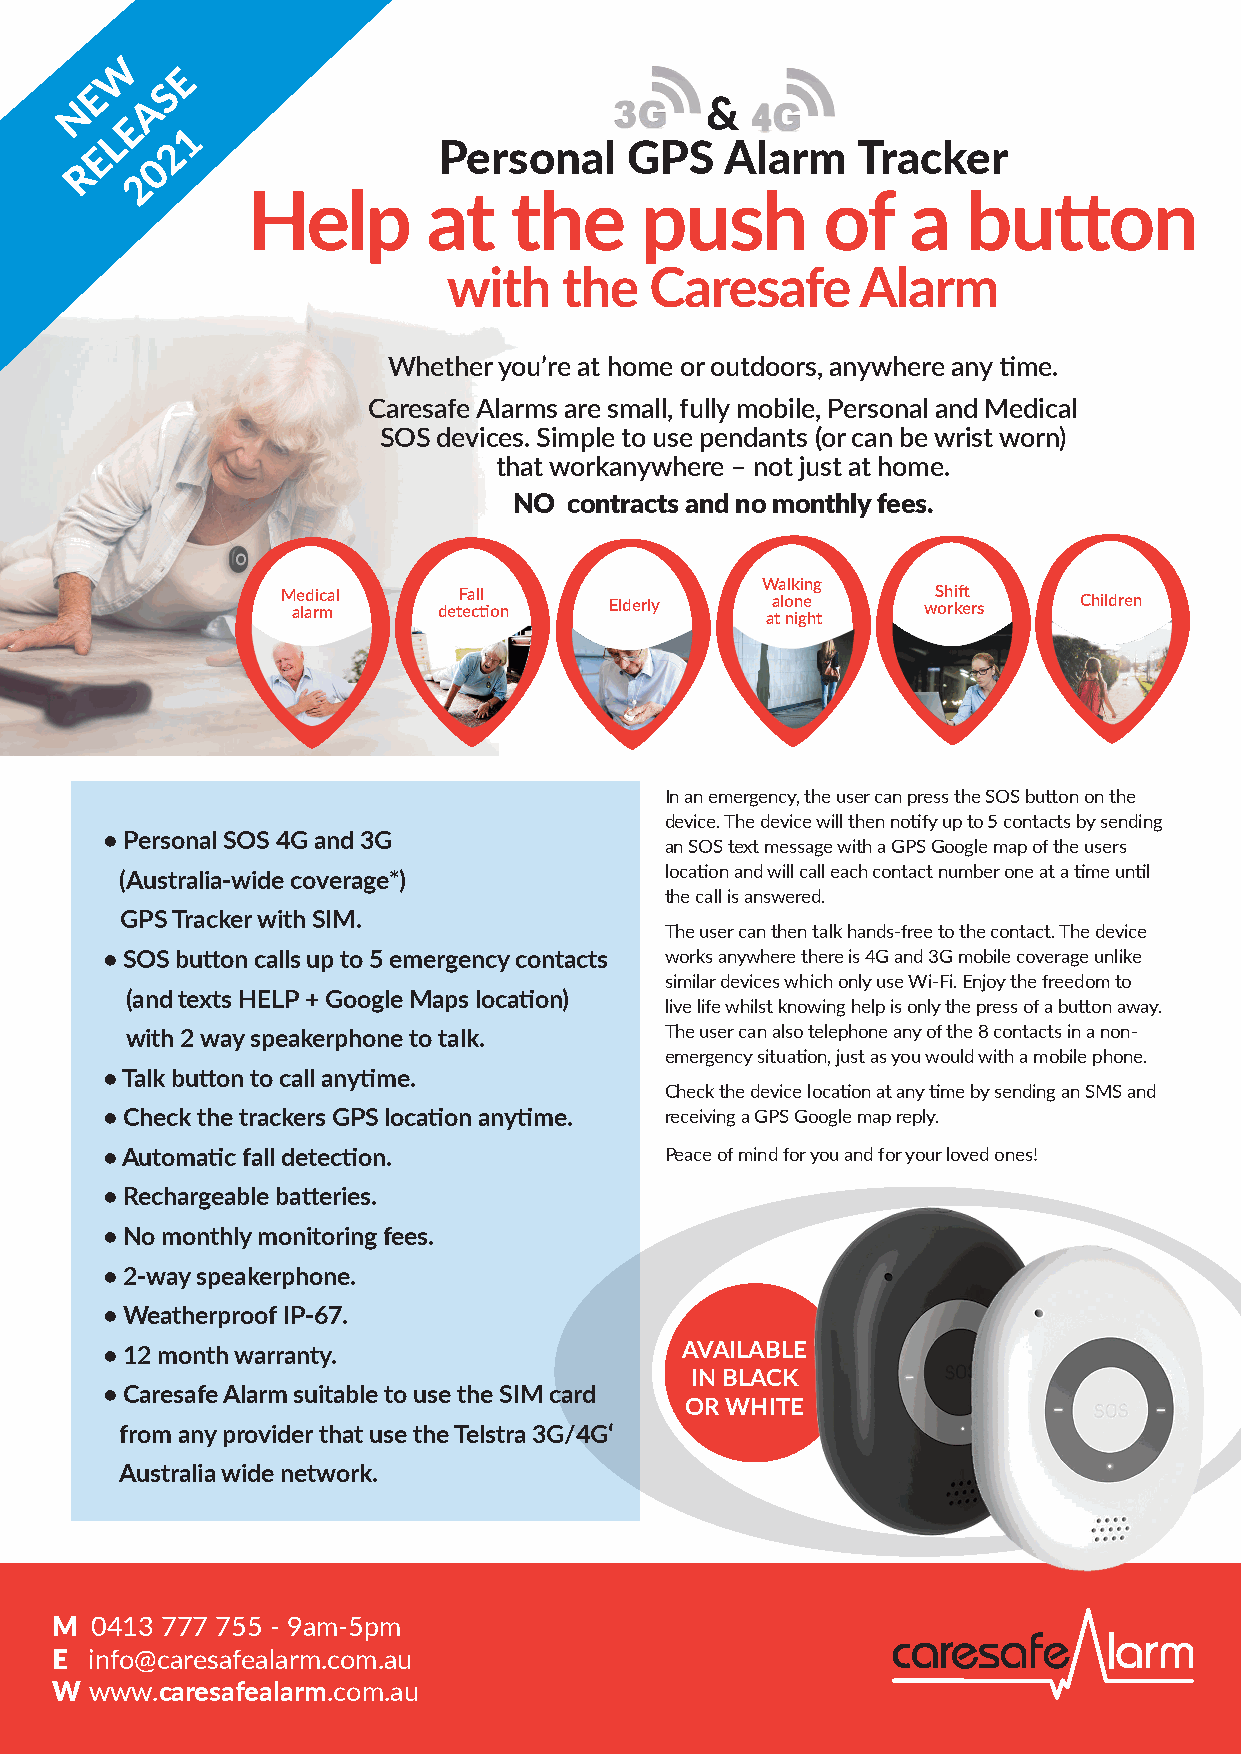
W
 E
 E    S
 N    A                                    &
 E
 L    1
 E    2                 Personal     GPS   Alarm    Tracker
 R    0
 2
 Help        at    the     push         of   a   button
 with   the   Caresafe      Alarm
 Whether you’re at home or outdoors, anywhere any time.
 Caresafe Alarms are small, fully mobile, Personal and Medical
 SOS devices. Simple to use pendants (or can be wrist worn)
 that workanywhere – not just at home.
 NO  contracts and no monthly fees.
 Walking
 M ae lad ri mcal detF ea cl til on Elderly aa tl o nn ige
 h t
 wS oh rkift e rs Children
 In an emergency, the user can press the SOS button on the
 device. The device will then notify up to 5 contacts by sending
 • Personal SOS 4G and 3G
 an SOS text message with a GPS Google map of the users
 location and will call each contact number one at a time until
 (Australia-wide coverage*)
 the call is answered.
 GPS Tracker with SIM.
 The user can then talk hands-free to the contact. The device
 • SOS button calls up to 5 emergency contacts works anywhere there is 4G and 3G mobile coverage unlike
 similar devices which only use Wi-Fi. Enjoy the freedom to
 (and texts HELP + Google Maps location)
 live life whilst knowing help is only the press of a button away.
 with 2 way speakerphone to talk.    The user can also telephone any of the 8 contacts in a non-
 emergency situation, just as you would with a mobile phone.
 • Talk button to call anytime.
 Check the device location at any time by sending an SMS and
 • Check the trackers GPS location anytime. receiving a GPS Google map reply.
 • Automatic fall detection.          Peace of mind for you and for your loved ones!
 • Rechargeable batteries.
 • No monthly monitoring fees.
 • 2-way speakerphone.
 • Weatherproof IP-67.
 • 12 month warranty.                  AVAILABLE
 IN BLACK
 • Caresafe Alarm suitable to use the SIM card
 OR WHITE
 from any provider that use the Telstra 3G/4G‘
 Australia wide network.
 M  0413 777 755 - 9am-5pm
 E  info@caresafealarm.com.au
 W  www.caresafealarm.com.au